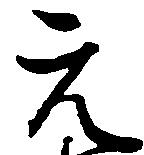
元